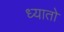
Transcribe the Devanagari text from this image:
ध्यातो